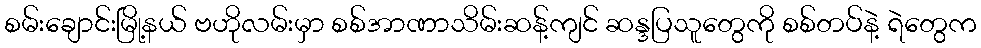
စမ်းချောင်းမြို့နယ် ဗဟိုလမ်းမှာ စစ်အာဏာသိမ်းဆန့်ကျင် ဆန္ဒပြသူတွေကို စစ်တပ်နဲ့ ရဲတွေက